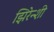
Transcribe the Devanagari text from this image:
झिरेन्शी